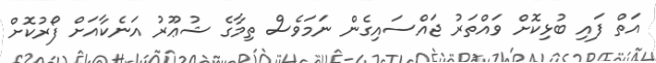
އަތް ފައި ބުޅިކޮށް ވައްތަރު ޖައްސައިގެން ނަމަވެސް ތިމާގެ ޝުޢޫރު އަނެކާއަށް ފޯރުކޮށް